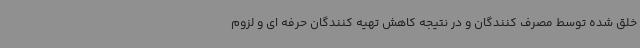
خلق شده توسط مصرف کنندگان و در نتیجه کاهش تهیه کنندگان حرفه ای و لزوم